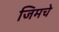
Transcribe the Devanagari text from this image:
जिमचे